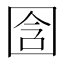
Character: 𫭉